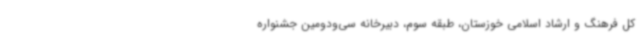
کل فرهنگ و ارشاد اسلامی خوزستان، طبقه سوم، دبیرخانه سی‌ودومین جشنواره